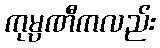
ကုမ္ပဏီကလည်း